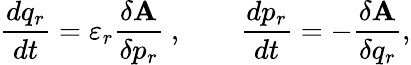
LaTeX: {\frac{d{q_{r}}}{dt}}=\varepsilon_{r}{\frac{\delta{\mathbf A}}{\delta p_{r}}}~,~~~~~~~~{\frac{d{p_{r}}}{dt}}=-{\frac{\delta{\mathbf A}}{\delta q_{r}}},